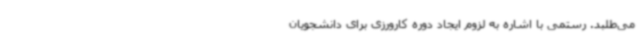
می‌طلبد. رستمی با اشاره به لزوم ایجاد دوره کارورزی برای دانشجویان